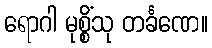
ရောဂါ မုစ္စိံသု တင်္ခဏေ။